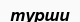
турши